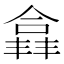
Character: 𫣘